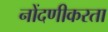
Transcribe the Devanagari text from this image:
नोंदणीकरता